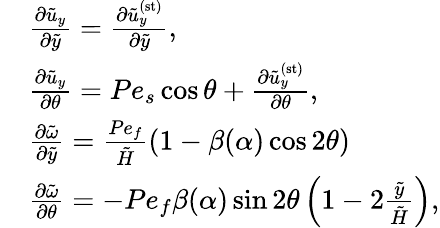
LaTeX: \begin{array}{rl}&{\frac{\partial\tilde{u}_{y}}{\partial\tilde{y}}=\frac{\partial\tilde{u}_{y}^{\mathrm{(st)}}}{\partial\tilde{y}},}\\ &{\frac{\partial\tilde{u}_{y}}{\partial\theta}=Pe_{s}\cos\theta+\frac{\partial\tilde{u}_{y}^{\mathrm{(st)}}}{\partial\theta},}\\ &{\frac{\partial\tilde{\omega}}{\partial\tilde{y}}=\frac{Pe_{f}}{\tilde{H}}\left(1-\beta(\alpha)\cos 2\theta\right)}\\ &{\frac{\partial\tilde{\omega}}{\partial\theta}=-Pe_{f}\beta(\alpha)\sin 2\theta\left(1-2\frac{\tilde{y}}{\tilde{H}}\right),}\end{array}